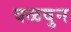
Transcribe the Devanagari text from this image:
वळवुन